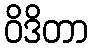
ဝိဒိတာ